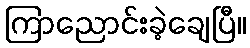
ကြာညောင်းခဲ့ချေပြီ။